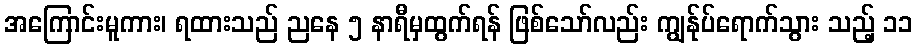
အကြောင်းမူကား၊ ရထားသည် ညနေ ၅ နာရီမှထွက်ရန် ဖြစ်သော်လည်း ကျွန်ုပ်ရောက်သွား သည့် ၁၁